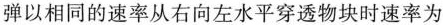
弹以相同的速率从右向左水平穿透物块时速率为